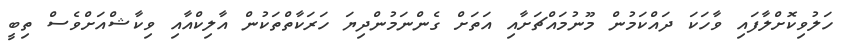
ހަލުވިކޮށްލާފައި ވާހަކަ ދައްކަމުން މޫނުމައްޗަށާއި އަތަށް ގެންނަމުންދިޔަ ހަރަކާތްތަކުން އާލިކްއާއި ވިކާޝްއަށްވެސް ތިބީ